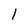
Character: I